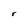
Character: r